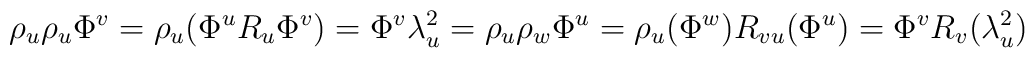
\rho_u\rho_u\Phi^v=\rho_u(\Phi^u R_u\Phi^v)=\Phi^v\lambda_u^2=\rho_u\rho_w\Phi^u=\rho_u(\Phi^w)R_{vu}(\Phi^u)=\Phi^vR_v(\lambda_u^2)